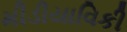
મીડીયાવિકી